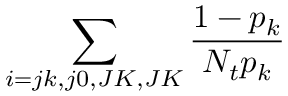
\sum _ { i = j k , j 0 , J K , J K } { \frac { 1 - p _ { k } } { N _ { t } p _ { k } } }